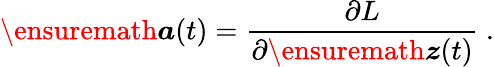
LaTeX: \ensuremath{\boldsymbol{a}}(t)=\frac{\partial L}{\partial\ensuremath{\boldsymbol{z}}(t)}\ .